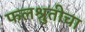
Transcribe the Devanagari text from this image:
फलश्रुतीचा